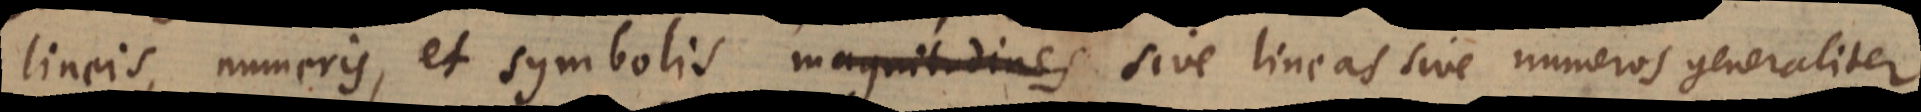
lineis, numeris, et symbolis magnitudines sive lineas sive numeros generaliter